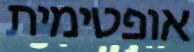
אופטימית